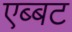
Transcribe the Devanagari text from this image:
एब्बट